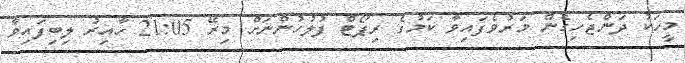
މީހަކު ދަންޖެހިގެން މަރުވެފައިވާ ކަމުގެ ރިޕޯޓް ފުލުހުންނަށް މިރޭ 21:05 ހާއިރު ލިބިފައިވާ